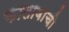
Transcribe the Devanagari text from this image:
कालावाची